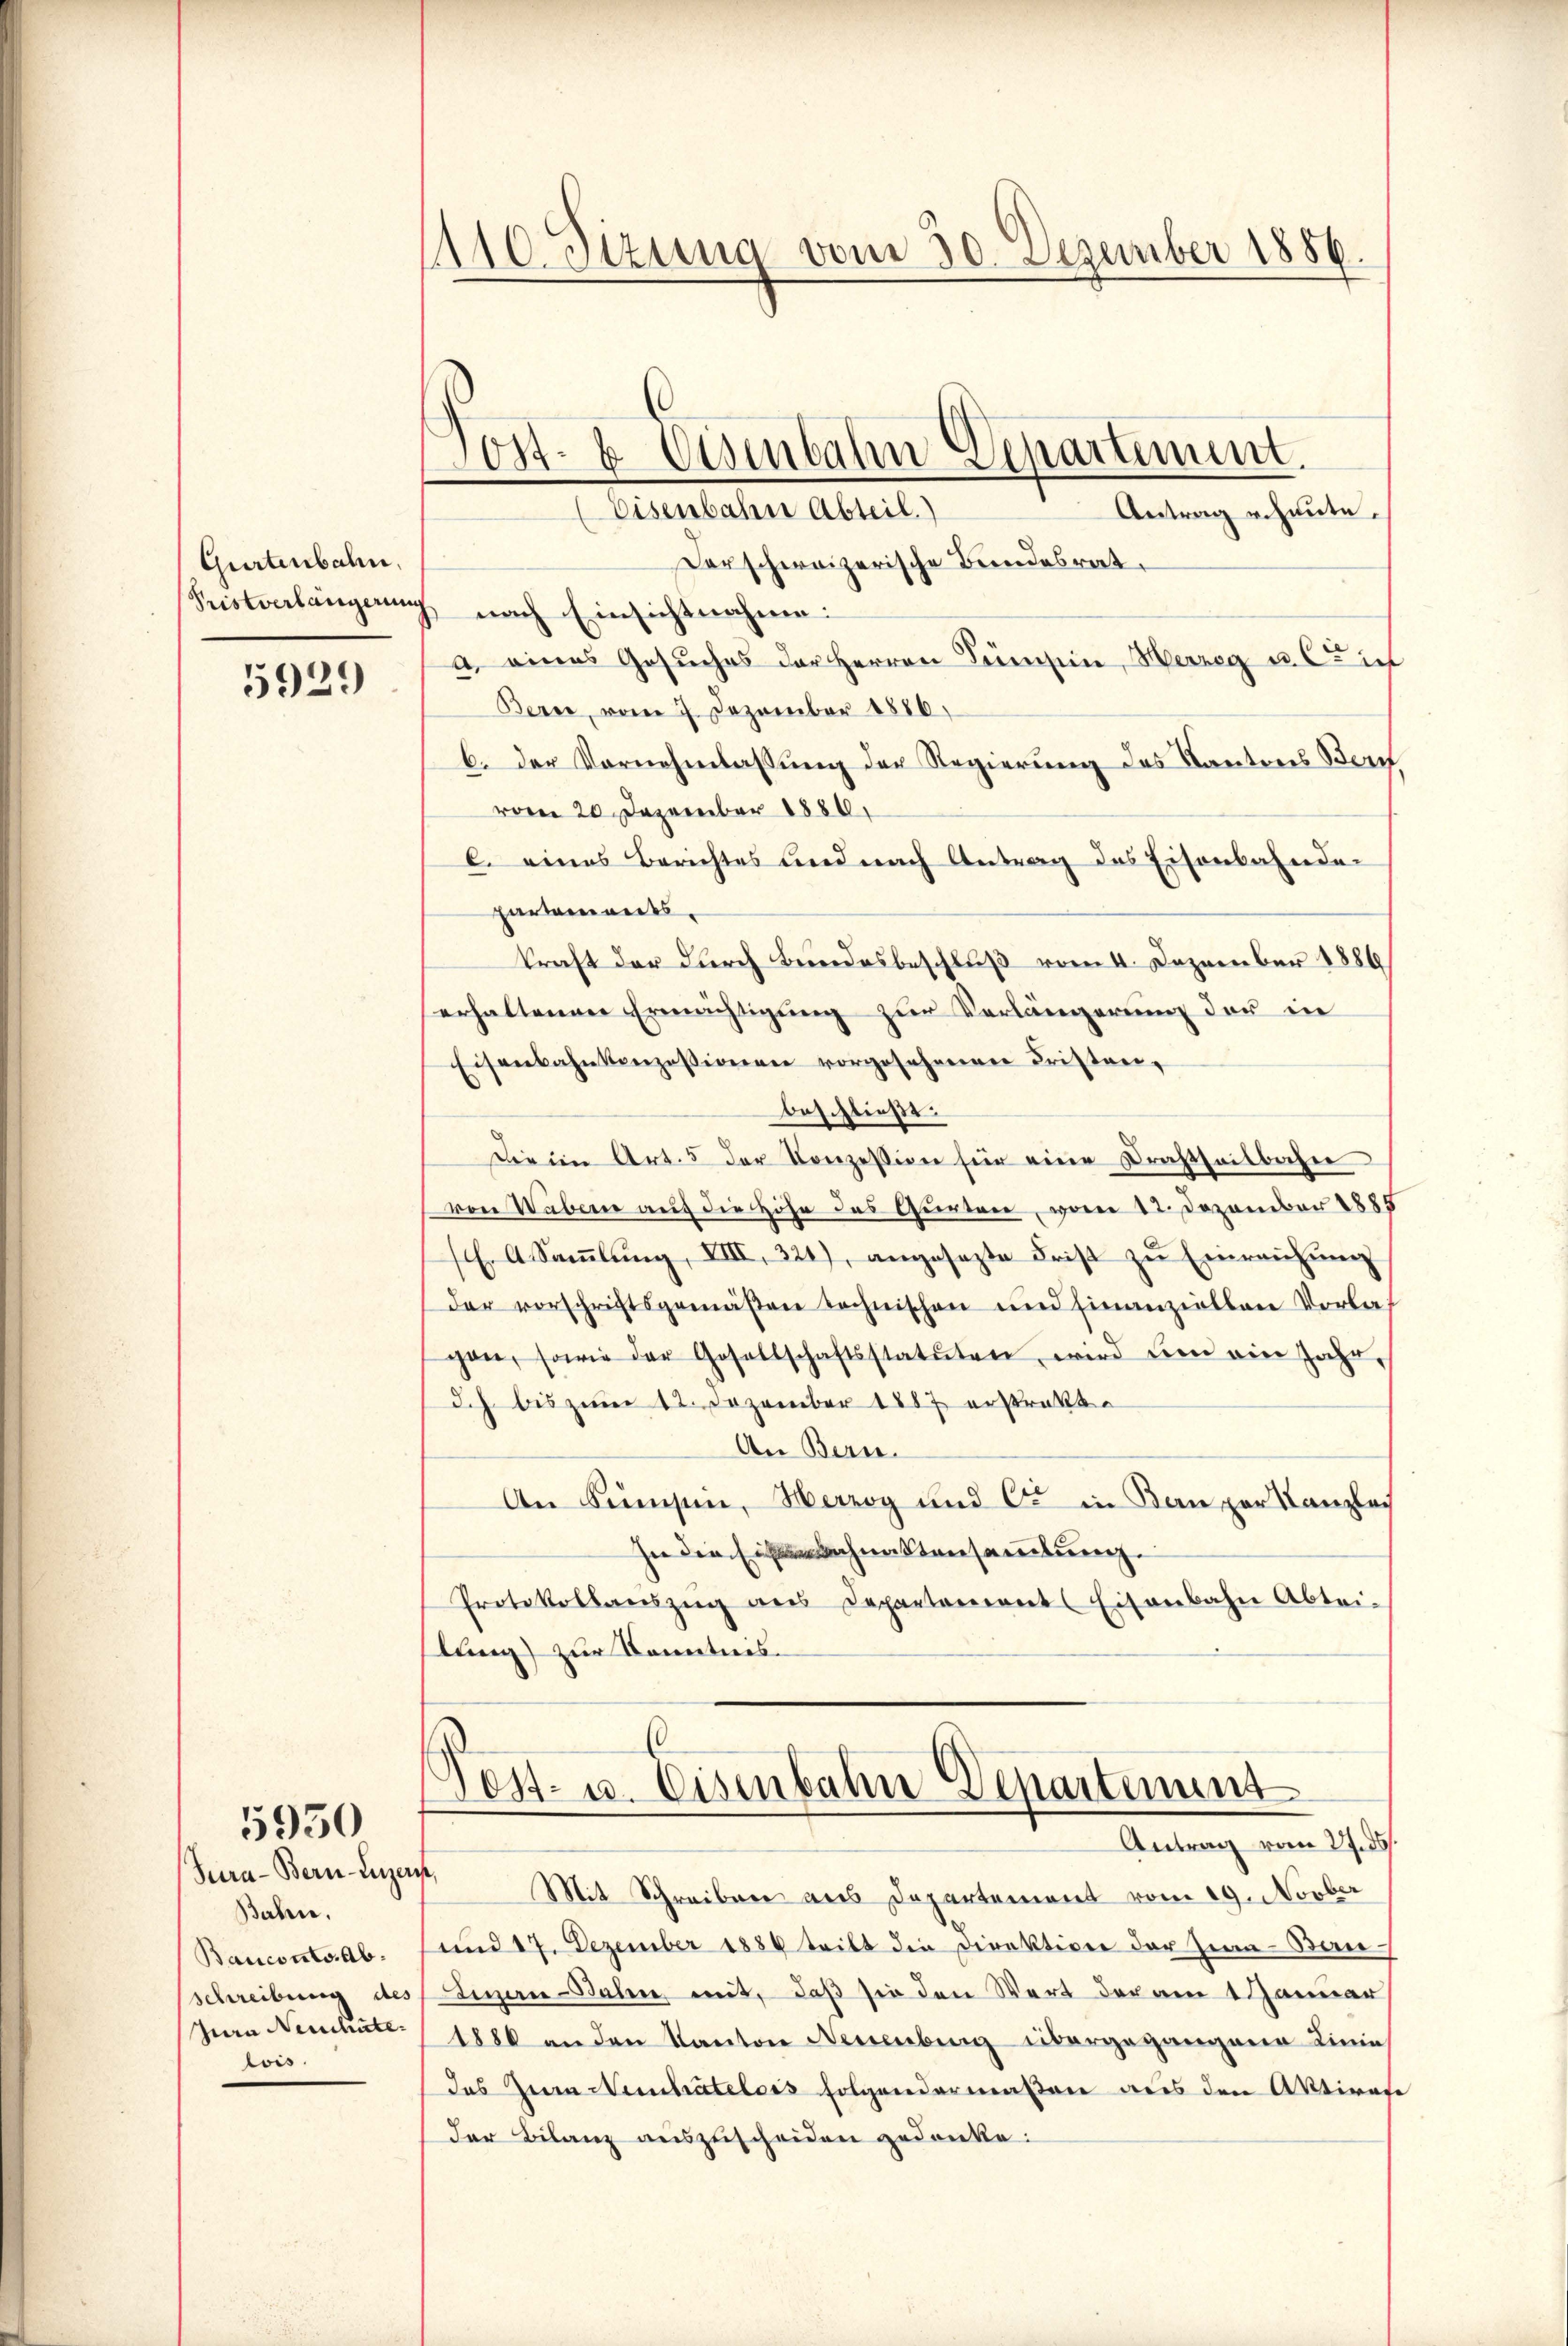
Gurtenbahn,

5929

Jura - Bern-Luzerist,
Baben.
Bauconto. Abschreibung des
Jura Neuchate
lois.

5950

110 etzung vom 30. Dezember 1886.

Jost- & Eisenbahn-Departement.

Eisenbahn Abteil)
Antrag u. heute.
darschweizerische Bundesrat.
Leistverlängerung nach Einsichtnahme:
 eines Gesuches der Herren Sumsein, Herzeg u. Cich
Bern, vom 7. Dezember 1886
b. der Vornehmlassung der Regierung des Kantons Bern
vom 20 Dezember 1880
C. eines Berichtes und nach Antrag des Eisenbahnden
partements
kraft der durch Bundesbeschluß vom 4. Dezember 1886
erhaltenen Ermächtigung zur Verlängerung der in
Eisenbahnkonzessionen vorgesehenen Fristanbeschließt:
Die im Art. 5 der Konzession für eine Drahtheilbahn
von Waber auf die Höhe des Gurten, vom 12. Dezember 1885
. A Saṁlŭng, VIII. 321), angesezte Frist zŭ Einreichŭng
der vorschriftsgemäßen technischen und finanziellen Vorlagan, sowie der Gesellschaftsstatuten, wird um ein Jahr,
Ich bis zŭm 12. Dezember 1887 erstrakte
An Bern.
An Sumpen, Herzog und Cr in Ban per Kanzlei
hie die Bahnaktensamlung.
Protokollauszug aus Departement Eisenbahn Abtei-
lung zur Kenntnis¬

Post- u. Eisenbahn Departement
Antrag vom 27. ds.

Mit Schreiben aus Departement vom 19. Novber
und 17. Dezember 1889 teilt die Direktion der Zim-Bantinen-Bahn, mit, daß sie den Wert der am 1 Januar
1886 an den Kanton Neuenburg übergegangene Linie
das Herrn Weinbratelois folgendermaßen aus den Aktirate
der Bilanz auszuscheiden gedanke.